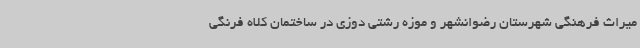
میراث فرهنگی شهرستان رضوانشهر و موزه رشتی دوزی در ساختمان کلاه فرنگی